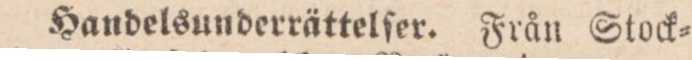
Handelsunderrättelſer. Från Stock=